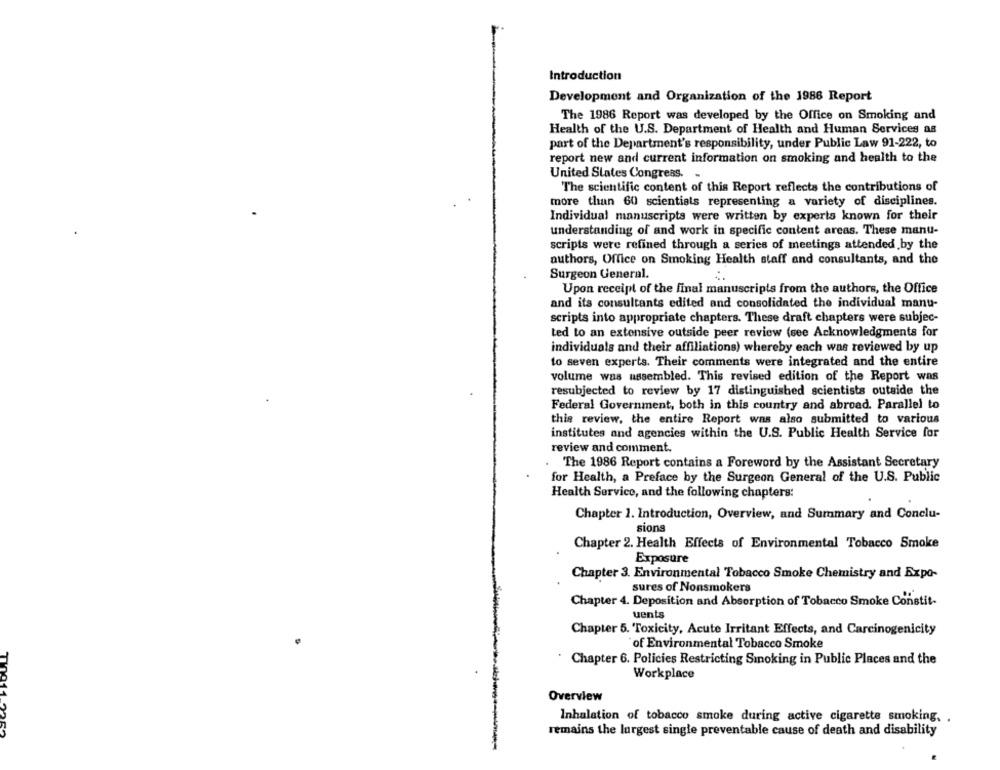
Introduction
Development and Organization of the 1986 Report
The 1986 Report was developed by the Office on Smoking and
Health of the U.S. Department of Health and Human Services as
part of the Department's responsibility, under Public Law 91-222, to
report new and current information on smoking and health to the
United States Congress.
The scientific content of this Report reflects the contributions of
more than 60 scientists representing a variety of disciplines.
Individual manuscripts were written by experts known for their
understanding of and work in specific content areas. These manu-
scripts were refined through a series of meetings attended by the
authors, Office on Smoking Health staff and consultants, and the
Surgeon General.
Upon receipt of the final manuscripts from the authors, the Office
and its consultants edited and consolidated the individual manu-
scripts into appropriate chapters. These draft chapters were subjec-
ted to an extensive outside peer review (see Acknowledgments for
individuals and their affiliations) whereby each was reviewed by up
to seven experts. Their comments were integrated and the entire
volume was assembled. This revised edition of the Report was
resubjected to review by 17 distinguished scientists outside the
Federal Government, both in this country and abroad. Parallel to
this review, the entire Report was also submitted to various
institutes and agencies within the U.S. Public Health Service for
review and comment.
The 1986 Report contains a Foreword by the Assistant Secretary
for Health, a Preface by the Surgeon General of the U.S. Public
Health Service, and the following chapters:
Chapter 1. Introduction, Overview, and Summary and Conclu-
sions
Chapter 2. Health Effects of Environmental Tobacco Smoke
Exposure
Chapter 3. Environmental Tobacco Smoke Chemistry and Expo-
sures of Nonsmokers
Chapter 4. Deposition and Absorption of Tobacco Smoke Constit-
uents
Chapter 5. Toxicity, Acute Irritant Effects, and Carcinogenicity
of Environmental Tobacco Smoke
Chapter 6. Policies Restricting Smoking in Public Places and the
Workplace
Overview
Inhalation of tobacco smoke during active cigarette smoking. .
remains the largest single preventable cause of death and disability